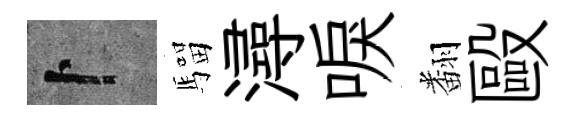
卜騮潯唳翻毆